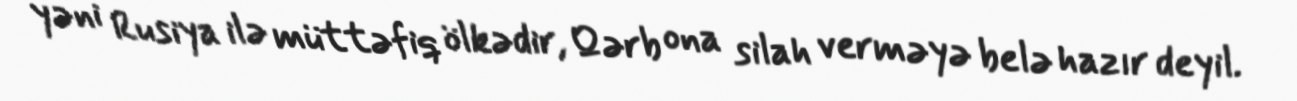
yəni Rusiya ilə müttəfiq ölkədir, Qərb ona silah verməyə belə hazır deyil.